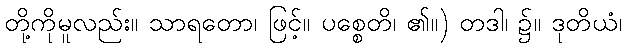
တို့ကိုမူလည်း။ သာရတော၊ ဖြင့်။ ပစ္စေတိ၊ ၏။) တဒါ၊ ၌။ ဒုတိယံ၊